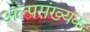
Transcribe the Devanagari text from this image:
अल्पसंख्यकः